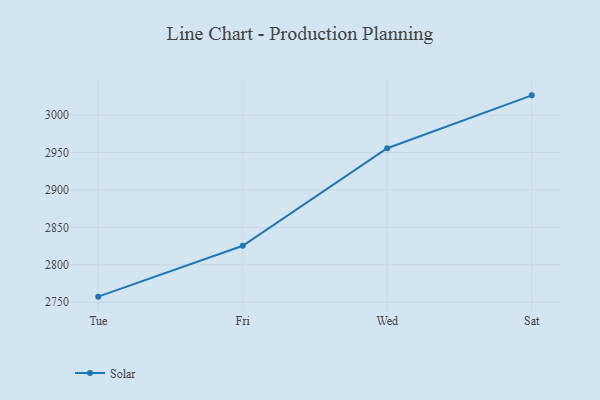
{"axis": {"x": "Day", "y": "Gross Profit (USD K)"}, "legend": ["Solar"], "data": [{"x": "Tue", "y": 2757.4, "type": "Solar"}, {"x": "Fri", "y": 2825.4, "type": "Solar"}, {"x": "Wed", "y": 2955.7, "type": "Solar"}, {"x": "Sat", "y": 3026.4, "type": "Solar"}]}